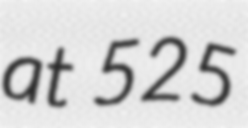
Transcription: at 525